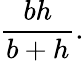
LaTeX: {\frac{bh}{b+h}}.